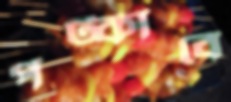
পট্‌কাবে